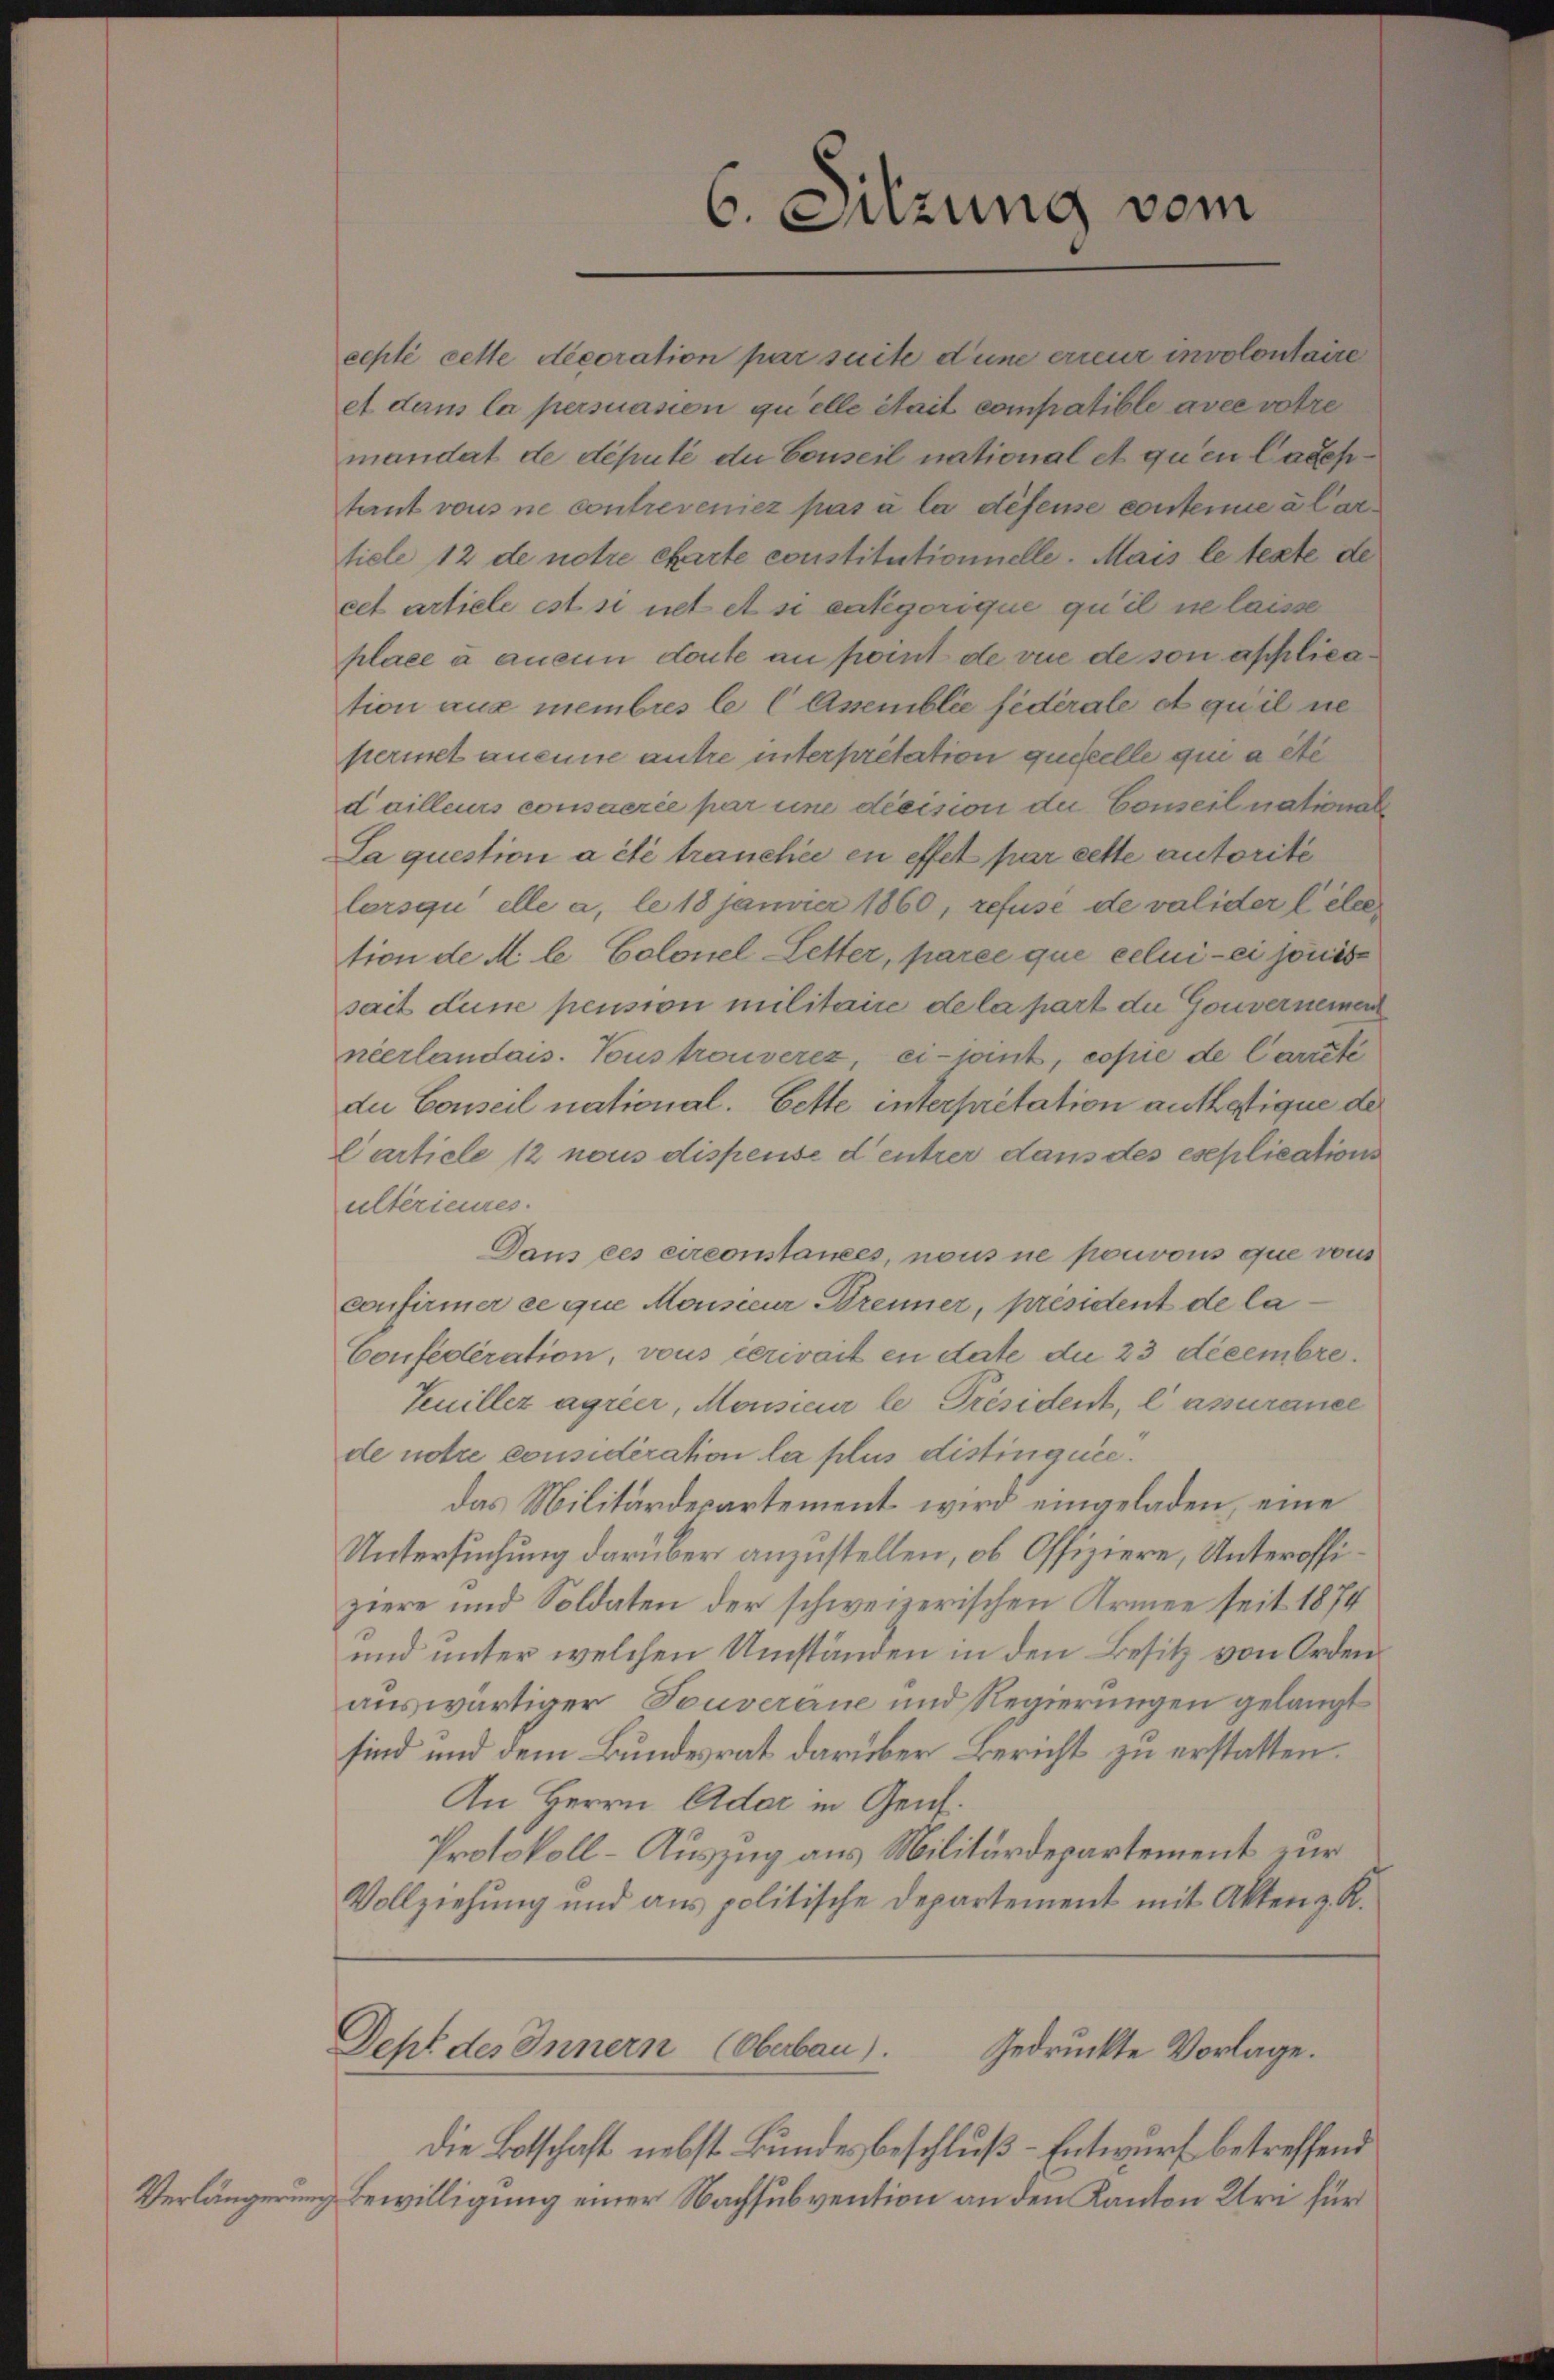
Verlängerung

6. Sitzung vom

echli cette decoration par suite d’une erreur involontaire
et dans la persuasion quelle Stait compatible avec votre
mandat de député du Conseil national et qu’en Caseptant vons ne contreveniez pas à la défense conteme a Carticle 12 de notre charte constitutionnelle. Mais le texte de
cet artiele ist si cet et si eategorique qu’il ne lasse
place à aucun doute au port de vue de son application aus membres le C Asemblée fédérale et qu’il ne
permet aneine antre interpretation questelle qui a été
dailleurs consacrée par une décision du Conseil national
La question a été tranchée en effet par cette autorité
lorsquelle a, le 18 Janvier 1860, refuse de valider leter
tion de M. le Colonel-Letter, parée que celui-ci jouise
sait dune pension militaire de la part die Gouvernemen
néerlandais. Tous trouverez, ei-sant, copie de Carrite
du Conseil national. Bette interpretation authatique de
Carticle 12 nous dispense d’entrer dans des eseplications
ultérieures.
Dans ces circonstances, nous ne pouvons que vous
confirmer ce que Monsieur Brenner, president de la¬
Confédération, vous cerivait en date die 23 decembre.
Teuillez agrier, Monsieur le Président, lassurance
de notre considération la plus distinquée.
das Militärdepartement wird eingeladen, eine
Untersuchung darüber anzustellen, ob Offiziere, Unteroffiziere und Soldaten der schweizerischen Armee seit 1874
und unter welchen Umständen in den Besitz von Orden.
auswärtiger Touverane und Regierungen gelangt
sind und dem Bundesrat darüber Bericht zu erstatten.
An Herrn Ader in Genf.
Protokoll-Auszug aus Militärdepartement zur
Vollziehung und ans politische Departement mit Aktenz. R.
Dept des Innern (Oberbau).
Gedruckte Vorlage.
Die Botschaft nebst Bundesbeschluß - Entwurf betreffend
Bewilligung einer Nachsubvention an den Kanton Uri für